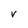
Character: V